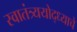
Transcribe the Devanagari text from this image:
स्वातंत्र्ययोद्‌ध्याचे